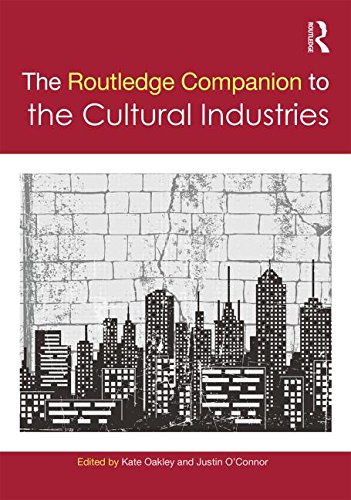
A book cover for The Routledge Companion to the Cultural Industries; Business & Money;